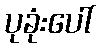
ပုခုံးပေါ်